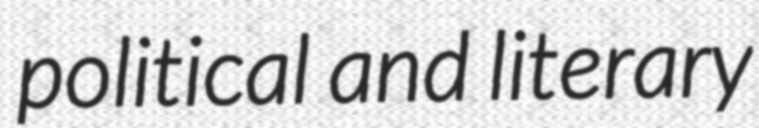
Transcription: political and literary